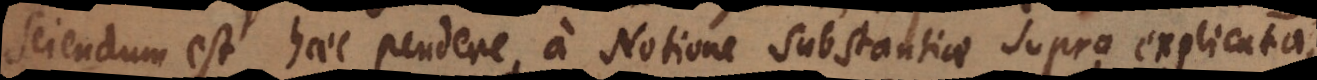
sciendum est haec pendere a Notione Substantiae supra explicata,